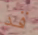
قد